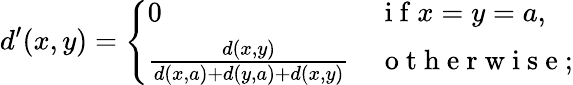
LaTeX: d^{\prime}(x,y)=\left\{ \begin{array}{ll}{0}&{\mathrm{~i~f~}x=y=a,}\\ {\frac{d(x,y)}{d(x,a)+d(y,a)+d(x,y)}}&{\mathrm{~o~t~h~e~r~w~i~s~e~};}\end{array}\right.